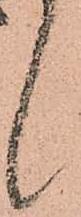
候